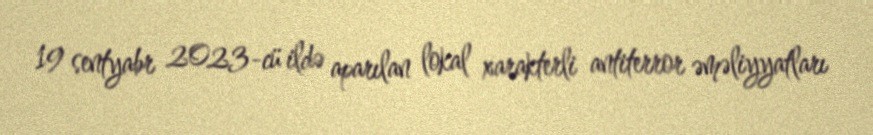
19 sentyabr 2023-cü ildə aparılan lokal xarakterli antiterror əməliyyatları